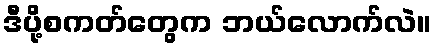
ဒီပို့စကတ်တွေက ဘယ်လောက်လဲ။